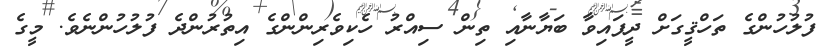
ފުލުހުންގެ ތަހްޤީގަށް ދީފައިވާ ބަޔާނާއި ތިން ސިއްރު ހެކިވެރިންންގެ އިތުރުންދެ ފުލުހުންނެވެ. މީގެ